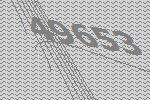
49653